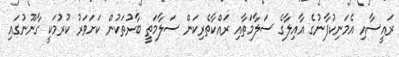
ރައީސާއި އެމަނިކުފާނުގެ އާއިލާގެ ސަލާމަތާއި ރައްކާތެރިކަން ސަލާމަތީ ބާރުތަކުން ކަށަވަރު ކުރުމަކީ ގާނޫނުގައި